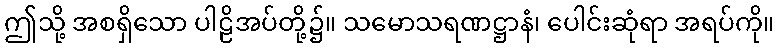
ဤသို့ အစရှိသော ပါဠိအပ်တို့၌။ သမောသရဏဋ္ဌာနံ၊ ပေါင်းဆုံရာ အရပ်ကို။